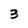
Character: 3